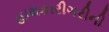
હાથકારીગરીની